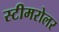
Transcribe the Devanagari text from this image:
स्टीमरोलर